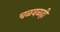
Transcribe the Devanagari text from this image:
चळवळही